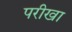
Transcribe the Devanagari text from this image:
परीखा